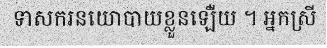
ទាសករនយោបាយខ្លួនឡើ់យ ។ អ្នកស្រី